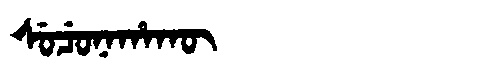
Manchu: ᠰᡠᠴᡠᠨᠠᡥᠠᡴᡡ
Romanization: SUCUNAHAKŪ